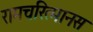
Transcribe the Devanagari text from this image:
रामचरित्मानस